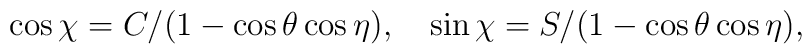
\cos{\chi}=C/(1-\cos{\theta}\cos{\eta}),  \quad \sin{\chi}=S/(1-\cos{\theta}\cos{\eta}),